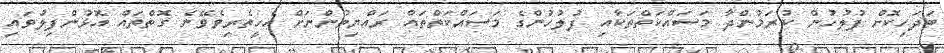
ބަދަހިކޮށް ފުލުހުން ކުރަމުންދާ މަސައްކަތްތަކާއި ފުލުހުންގެ މަސައްކަތްތައް ރައްޔިތުންނަށް އެހީތެރިވެވޭނެ ގޮތްތައް އޮޅުންފިލުވައި